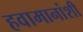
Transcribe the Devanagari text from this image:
हवामानांशी